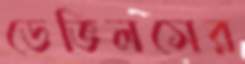
ডেভিলসের